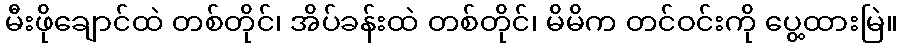
မီးဖိုချောင်ထဲ တစ်တိုင်၊ အိပ်ခန်းထဲ တစ်တိုင်၊ မိမိက တင်ဝင်းကို ပွေ့ထားမြဲ။